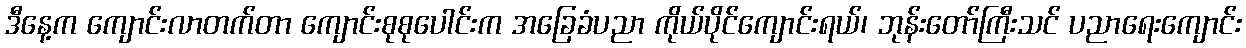
ဒီနေ့က ကျောင်းလာတက်တာ ကျောင်းစုစုပေါင်းက အခြေခံပညာ ကိုယ်ပိုင်ကျောင်းရယ်၊ ဘုန်းတော်ကြီးသင် ပညာရေးကျောင်း